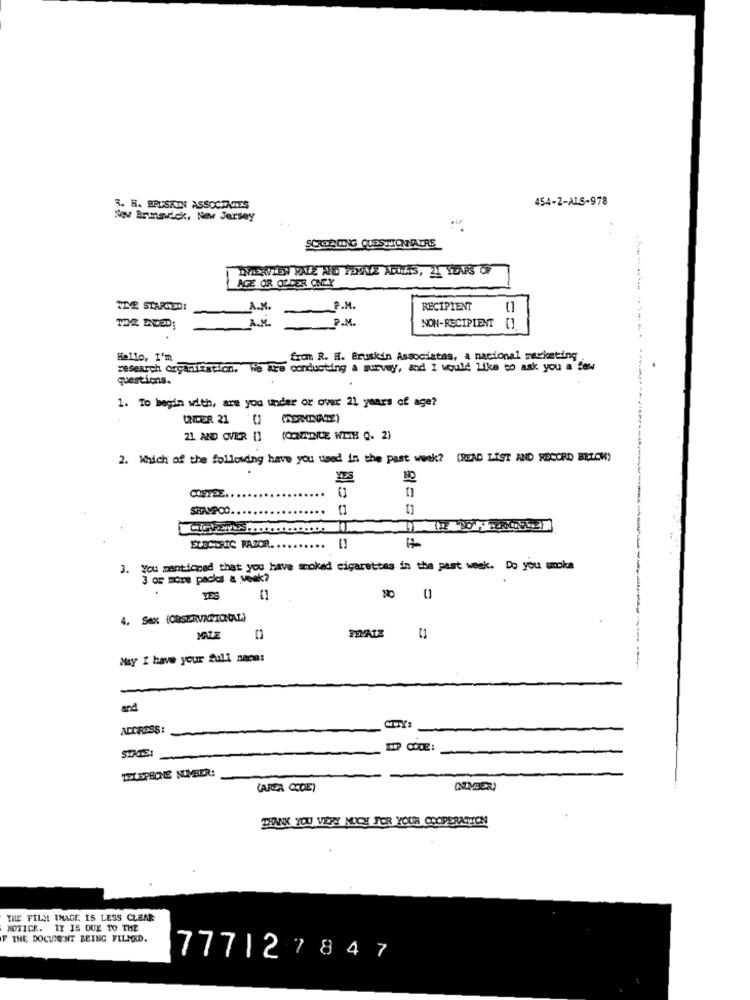
454-2-ALS-978
3. H. BRUSKIN ASSOCIATES
New Brunswick, New Jersey
SCROLLING QUESTIONNAIRE
DERVEEN VALE NO PEWNIE ADUAIS, 21 YEARS OF
AGE OR OLDER ONEY
TIVE STARTSD!
-P.M.
RECIPIENT
A.M.
P.M.
NON-RECIPIENT
Hallo, I'm
front R. H. Bruskin Associatas, a nacional marketing
research Organization. We are conducting a survey, and I would like to ask you a few
questions.
1. To begin with, are you under or over 21 years of age?
UNDER 21 (1 (TERMINATE)
21 AND OVER [] (CONTINUE WITH Q. 2)
2. Which of the following have you used in the past week? (READ LIST AND RECORD BELCM)
NO
COFFEE
SHAMPOO
ELECTRIC RAZOR.
3. You mentioned that you have smoked cigarettes in the past week. Do you smoke
3 or more packs a week?
800
4. Sex (OBSERVACIONAL)
FEMALE
May I have your full saca:
---
and
ADDRESS:
CITY:
STATE:
ZIP CODE:
TELEPHONE NUMBER:
(AREA CODE)
THANK YOU VERY MUCH FOR YOUR COOPERATION
THE FILM IMAGE. IS LESS CLEAR
NOTICE. IT 18 DUE TO THE
F THE DOCUMENT BEING FILMOD.
777|2 7847